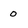
Character: 0